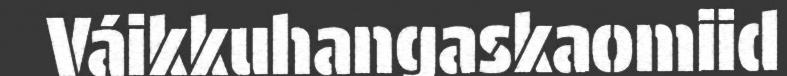
Váikkuhangaskaomiid